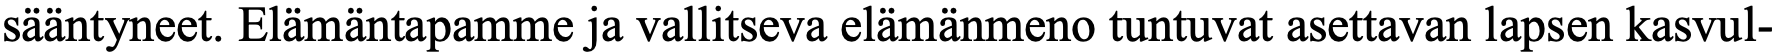
sääntyneet. Elämäntapamme ja vallitseva elämänmeno tuntuvat asettavan lapsen kasvul-